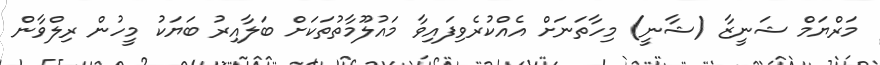
މަރްޔަމް ޝަނީޒާ (ޝާނީ) މިހާތަނަށް އެއްކުރެވިފައިވާ މައުލޫމާތުތަކަށް ބަލާއިރު ބަޔަކު މީހުން ރިލްވާން